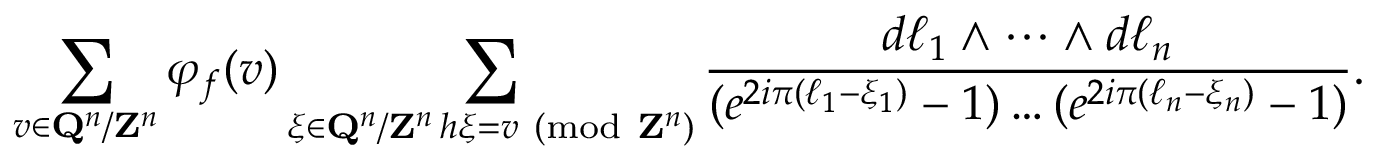
\sum _ { v \in \mathbf { Q } ^ { n } / \mathbf { Z } ^ { n } } \varphi _ { f } ( v ) \sum _ { \substack { \xi \in \mathbf { Q } ^ { n } / \mathbf { Z } ^ { n } \, h \xi = v \ ( \mathrm { m o d } \ \mathbf { Z } ^ { n } ) } } \frac { d \ell _ { 1 } \wedge \cdots \wedge d \ell _ { n } } { ( e ^ { 2 i \pi ( \ell _ { 1 } - \xi _ { 1 } ) } - 1 ) \ldots ( e ^ { 2 i \pi ( \ell _ { n } - \xi _ { n } ) } - 1 ) } .